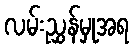
လမ်းညွှန်မှုအရ